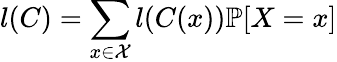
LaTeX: l(C)=\sum_{x\in{\mathcal{X}}}l(C(x))\mathbb{P}[X=x]